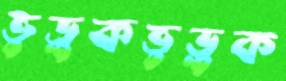
ভুড়ুকভুড়ুক